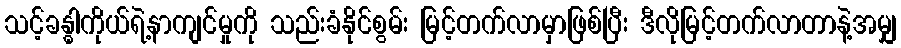
သင့်ခန္ဓါကိုယ်ရဲ့နာကျင်မှုကို သည်းခံနိုင်စွမ်း မြင့်တက်လာမှာဖြစ်ပြီး ဒီလိုမြင့်တက်လာတာနဲ့အမျှ